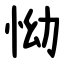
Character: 怮